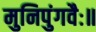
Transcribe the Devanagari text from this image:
मुनिपुंगवैः॥